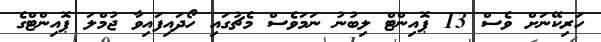
ހަރިކޭނަށް ވެސް 13 ޕޮއިންޓް ލިބުނު ނަމަވެސް މެޗުގައި ހޯދައިފައިވާ ޖުމްލަ ޕޮއިންޓްގެ